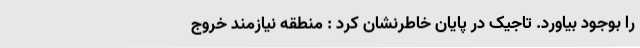
را بوجود بیاورد. تاجیک در پایان خاطرنشان کرد : منطقه نیازمند خروج